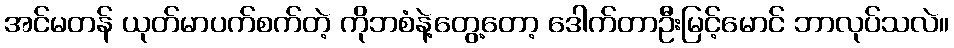
အင်မတန် ယုတ်မာပက်စက်တဲ့ ကိုဘစံနဲ့တွေ့တော့ ဒေါက်တာဦးမြင့်မောင် ဘာလုပ်သလဲ။